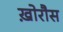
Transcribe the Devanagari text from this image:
ख़ोरौस